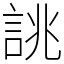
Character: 誂